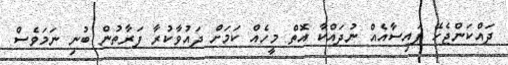
ދައްކަންޖެހޭ ފައިސާއެއް ނުދައްކާ އޮތް މީހެއް ކަމަށް ދައުވާކުރާ ފަރާތުން ބުނި ނަމަވެސް